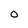
Character: 0